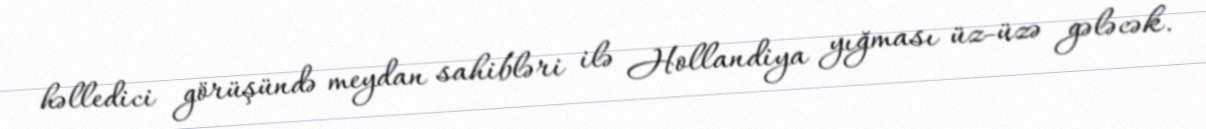
həlledici görüşündə meydan sahibləri ilə Hollandiya yığması üz-üzə gələcək.